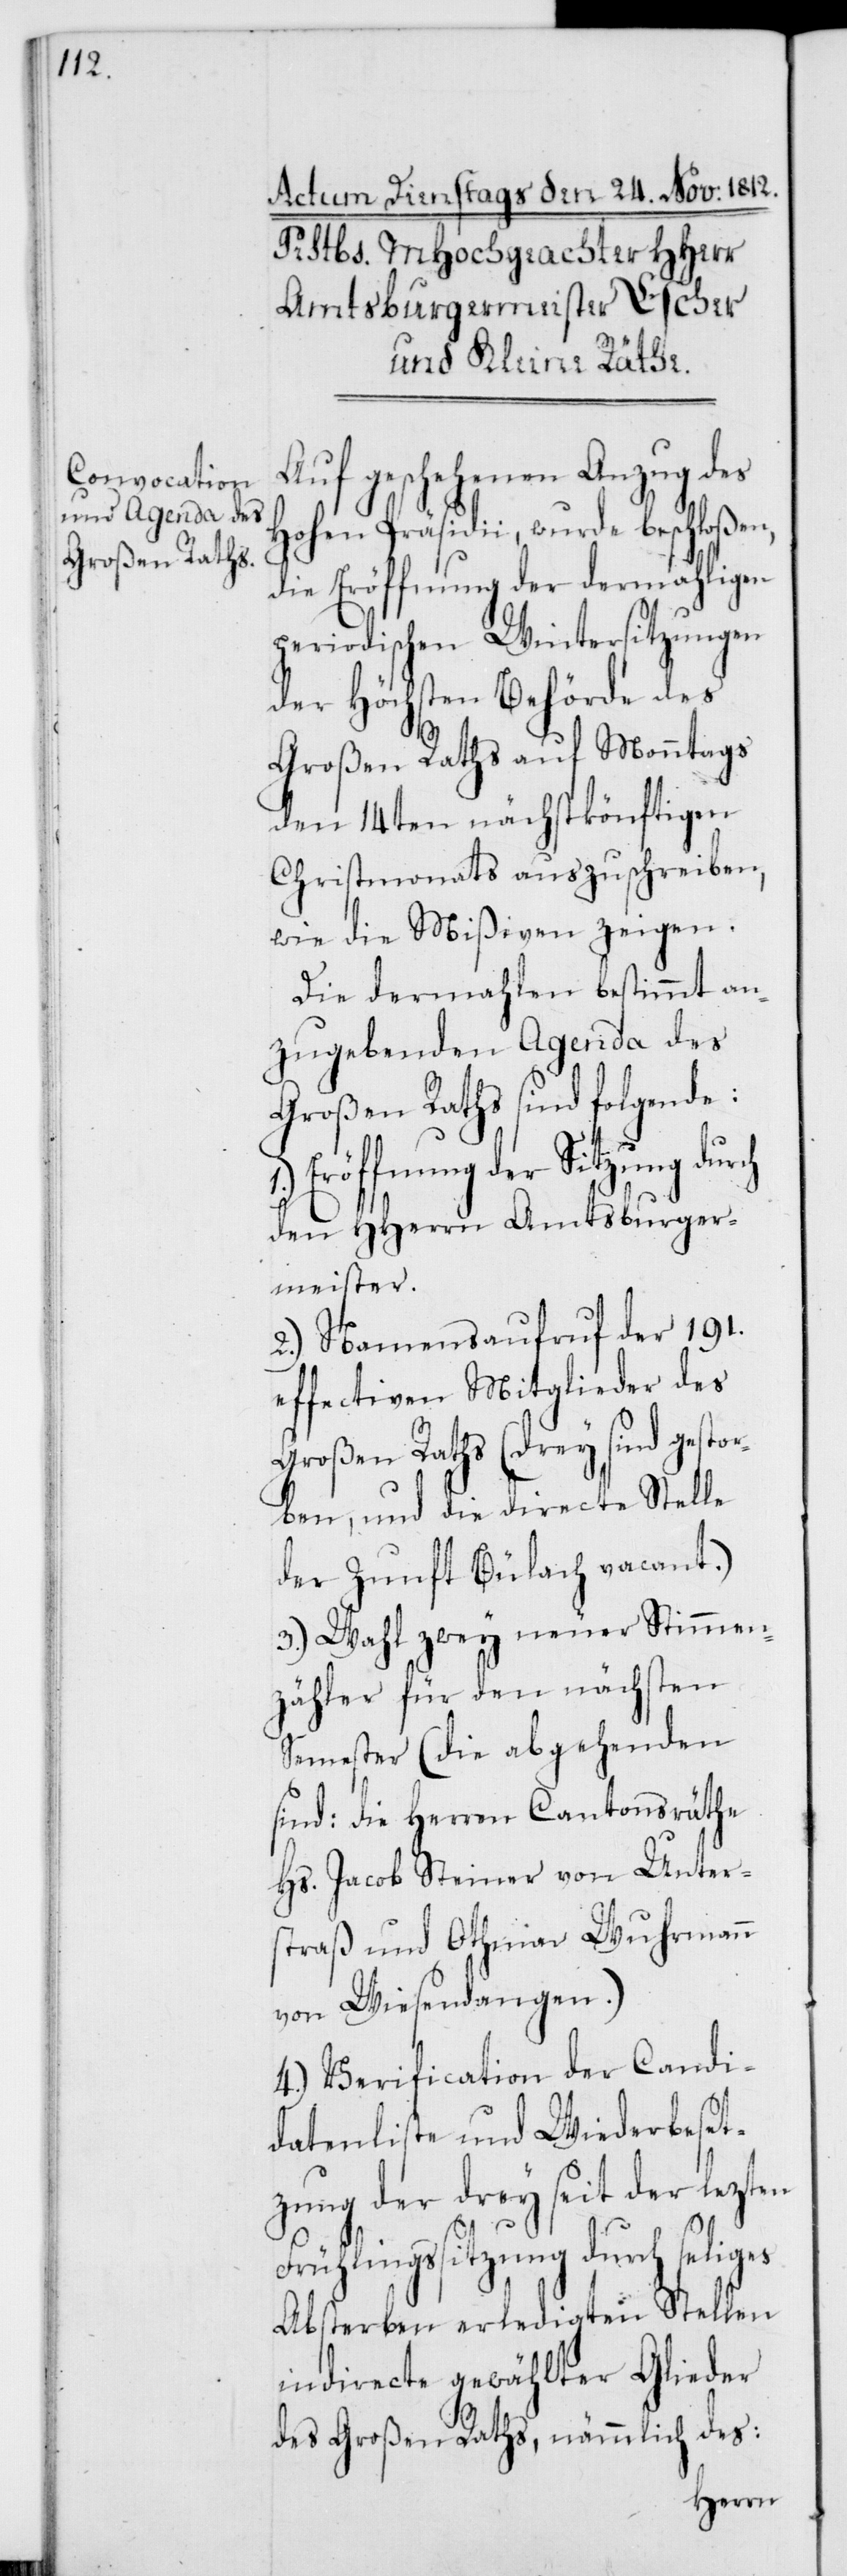
Auf geschehenen Anzug des
Hohen Präsidii, wurde beschloßen,
die Eröffnung der dermahligen
periodischen Wintersitzungen
der Höchsten Behörde des
Großen Raths auf Monntags
den 14ten nächstkönftigen
Christmonats auszuschreiben,
wie die Mißiven zeigen.
Die dermahlen bestimmt an¬
zugebenden Agenda des
Großen Raths sind folgende:
Eröffnung der Sitzung
den HHerrn Amtsburger¬
meister.
2.) Namensaufruf der 191.
effectiven Mitglieder des
Großen Raths (drey sind gestor¬
ben, und die directe Stelle
der Zunft Bülach vacant.)
3.) Wahl zwey neuer Stimmen¬
zähler für den nächsten
Semester (die abgehenden
sind: die Herren Cantonsräthe
Hs. Jacob Steiner von Unter¬
straß und Othmar Wuhrmann
von Wiesendangen.)
4.) Verification der Candi¬
datenliste und Wiederbeset¬
zung der drey seit der lezten
1.)
Frühlingssitzung durch seliges
Absterben erledigten Stellen
indirecte gewählter Glieder
des Großen Raths, nämmlich des: